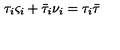
\tau _ { i } \varsigma _ { i } + \bar { \tau } _ { i } \nu _ { i } = \tau _ { i } \bar { \tau }